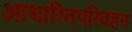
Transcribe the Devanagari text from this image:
आधारितपरिवहन